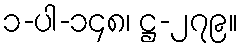
၁-ပါ-၁၄၈၊ ဋ္ဌ-၂၇၉။